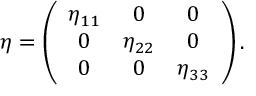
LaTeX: \eta = \left( \begin{array} { c c c } { { \eta _ { 1 1 } } } & { { 0 } } & { { 0 } } \\ { { 0 } } & { { \eta _ { 2 2 } } } & { { 0 } } \\ { { 0 } } & { { 0 } } & { { \eta _ { 3 3 } } } \end{array} \right) .